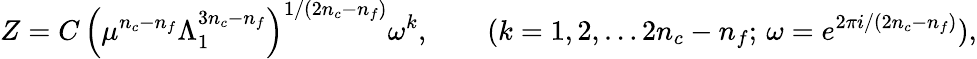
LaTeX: Z=C\, \left(\mu^{n_{c}-n_{f}}\Lambda_{1}^{3n_{c}-n_{f}}\right)^{1/(2n_{c}-n_{f})}\omega^{k},\qquad(k=1,2,\ldots 2n_{c}-n_{f};\, \omega=e^{2\pi i/(2n_{c}-n_{f})}),